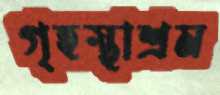
গৃহস্থাশ্রম